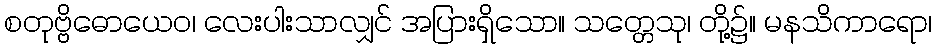
စတုဗ္ဗိဓောယေဝ၊ လေးပါးသာလျှင် အပြားရှိသော။ သတ္တေသု၊ တို့၌။ မနသိကာရော၊